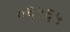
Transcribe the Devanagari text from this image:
०६५६५